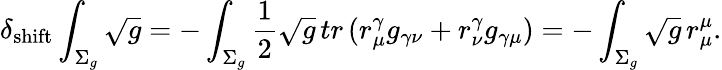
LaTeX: \delta_{\mathrm{shift}}\int_{\Sigma_{g}}\sqrt{g}=-\int_{\Sigma_{g}}\frac{1}{2}\sqrt{g}\, tr\, (r_{\mu}^{\gamma}g_{\gamma\nu}+r_{\nu}^{\gamma}g_{\gamma\mu})=-\int_{\Sigma_{g}}\sqrt{g}\, r_{\mu}^{\mu}.